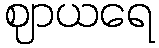
ဈာယရေ